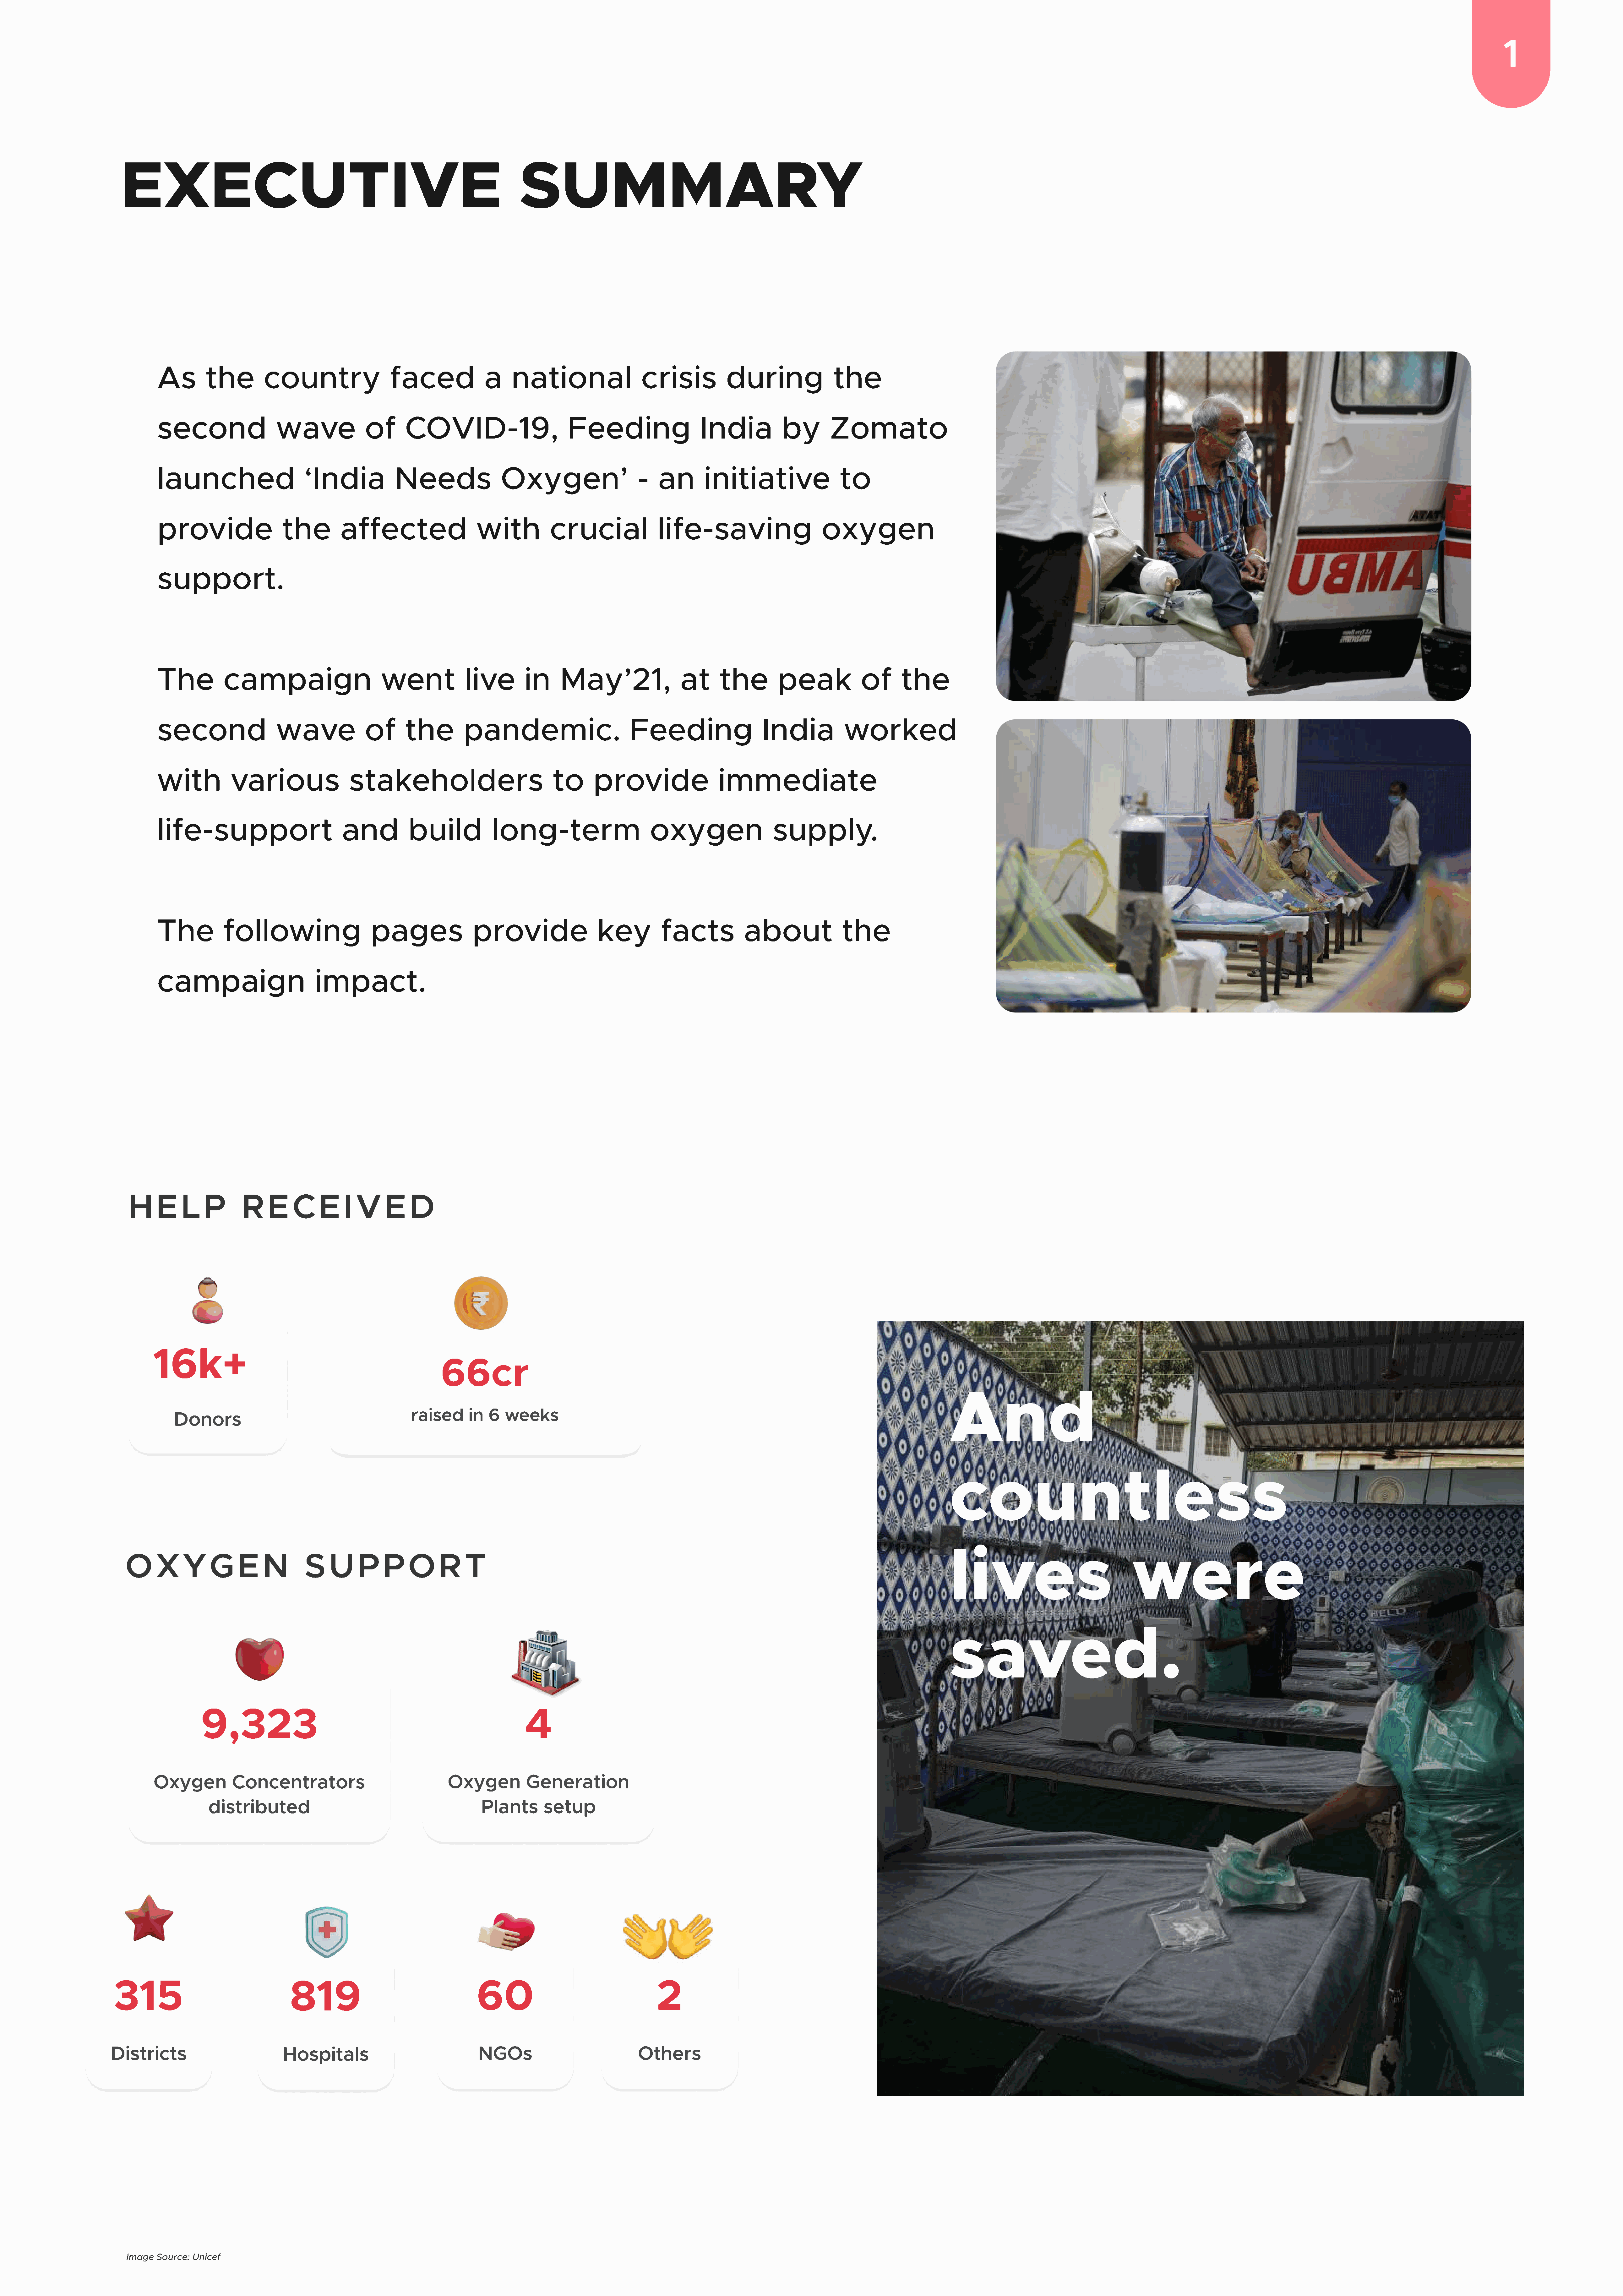
11
 Executive                                                                          Summary
 As        the          country                   faced               a     national                   crisis            during                the
 second                   wave               of      COVID-19,                          Feeding                     India            by        Zomato
 launched                       ‘India             Needs                 Oxygen’                      -    an       initiative                   to
 provide                   the          affected                    with            crucial                life-saving                       oxygen
 support.
 The           campaign                         went              live        in      May’21,                  at       the         peak             of       the
 second                   wave               of      the          pandemic.                          Feeding                     India            worked
 with            various                  stakeholders                              to       provide                   immediate
 life-support                           and           build             long-term                        oxygen                    supply.
 The           following                      pages                 provide                   key          facts             about               the
 campaign                         impact.
 h     e    l    p       r    e     c    e    i  v     e    d
 16k+
 66cr
 And
 raised      in  6  weeks
 Donors
 countless
 lives                                  were
 O      x     y    g     e    n        s    u     p     p    o     r     t
 saved.
 9,323                                                                4
 Oxygen           Concentrators
 Oxygen           Generation
 distributed                                              Plants        setup
 315                                  819                                    60                                    2
 Districts                            Hospitals                                NGOs                             Others
 Image Source: Unicef